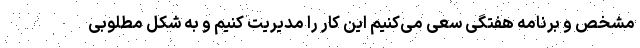
مشخص و برنامه هفتگی سعی می‌کنیم این کار را مدیریت کنیم و به شکل مطلوبی